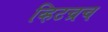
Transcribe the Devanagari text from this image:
व्हिटच्रच